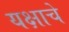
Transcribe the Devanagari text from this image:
यक्षाचे